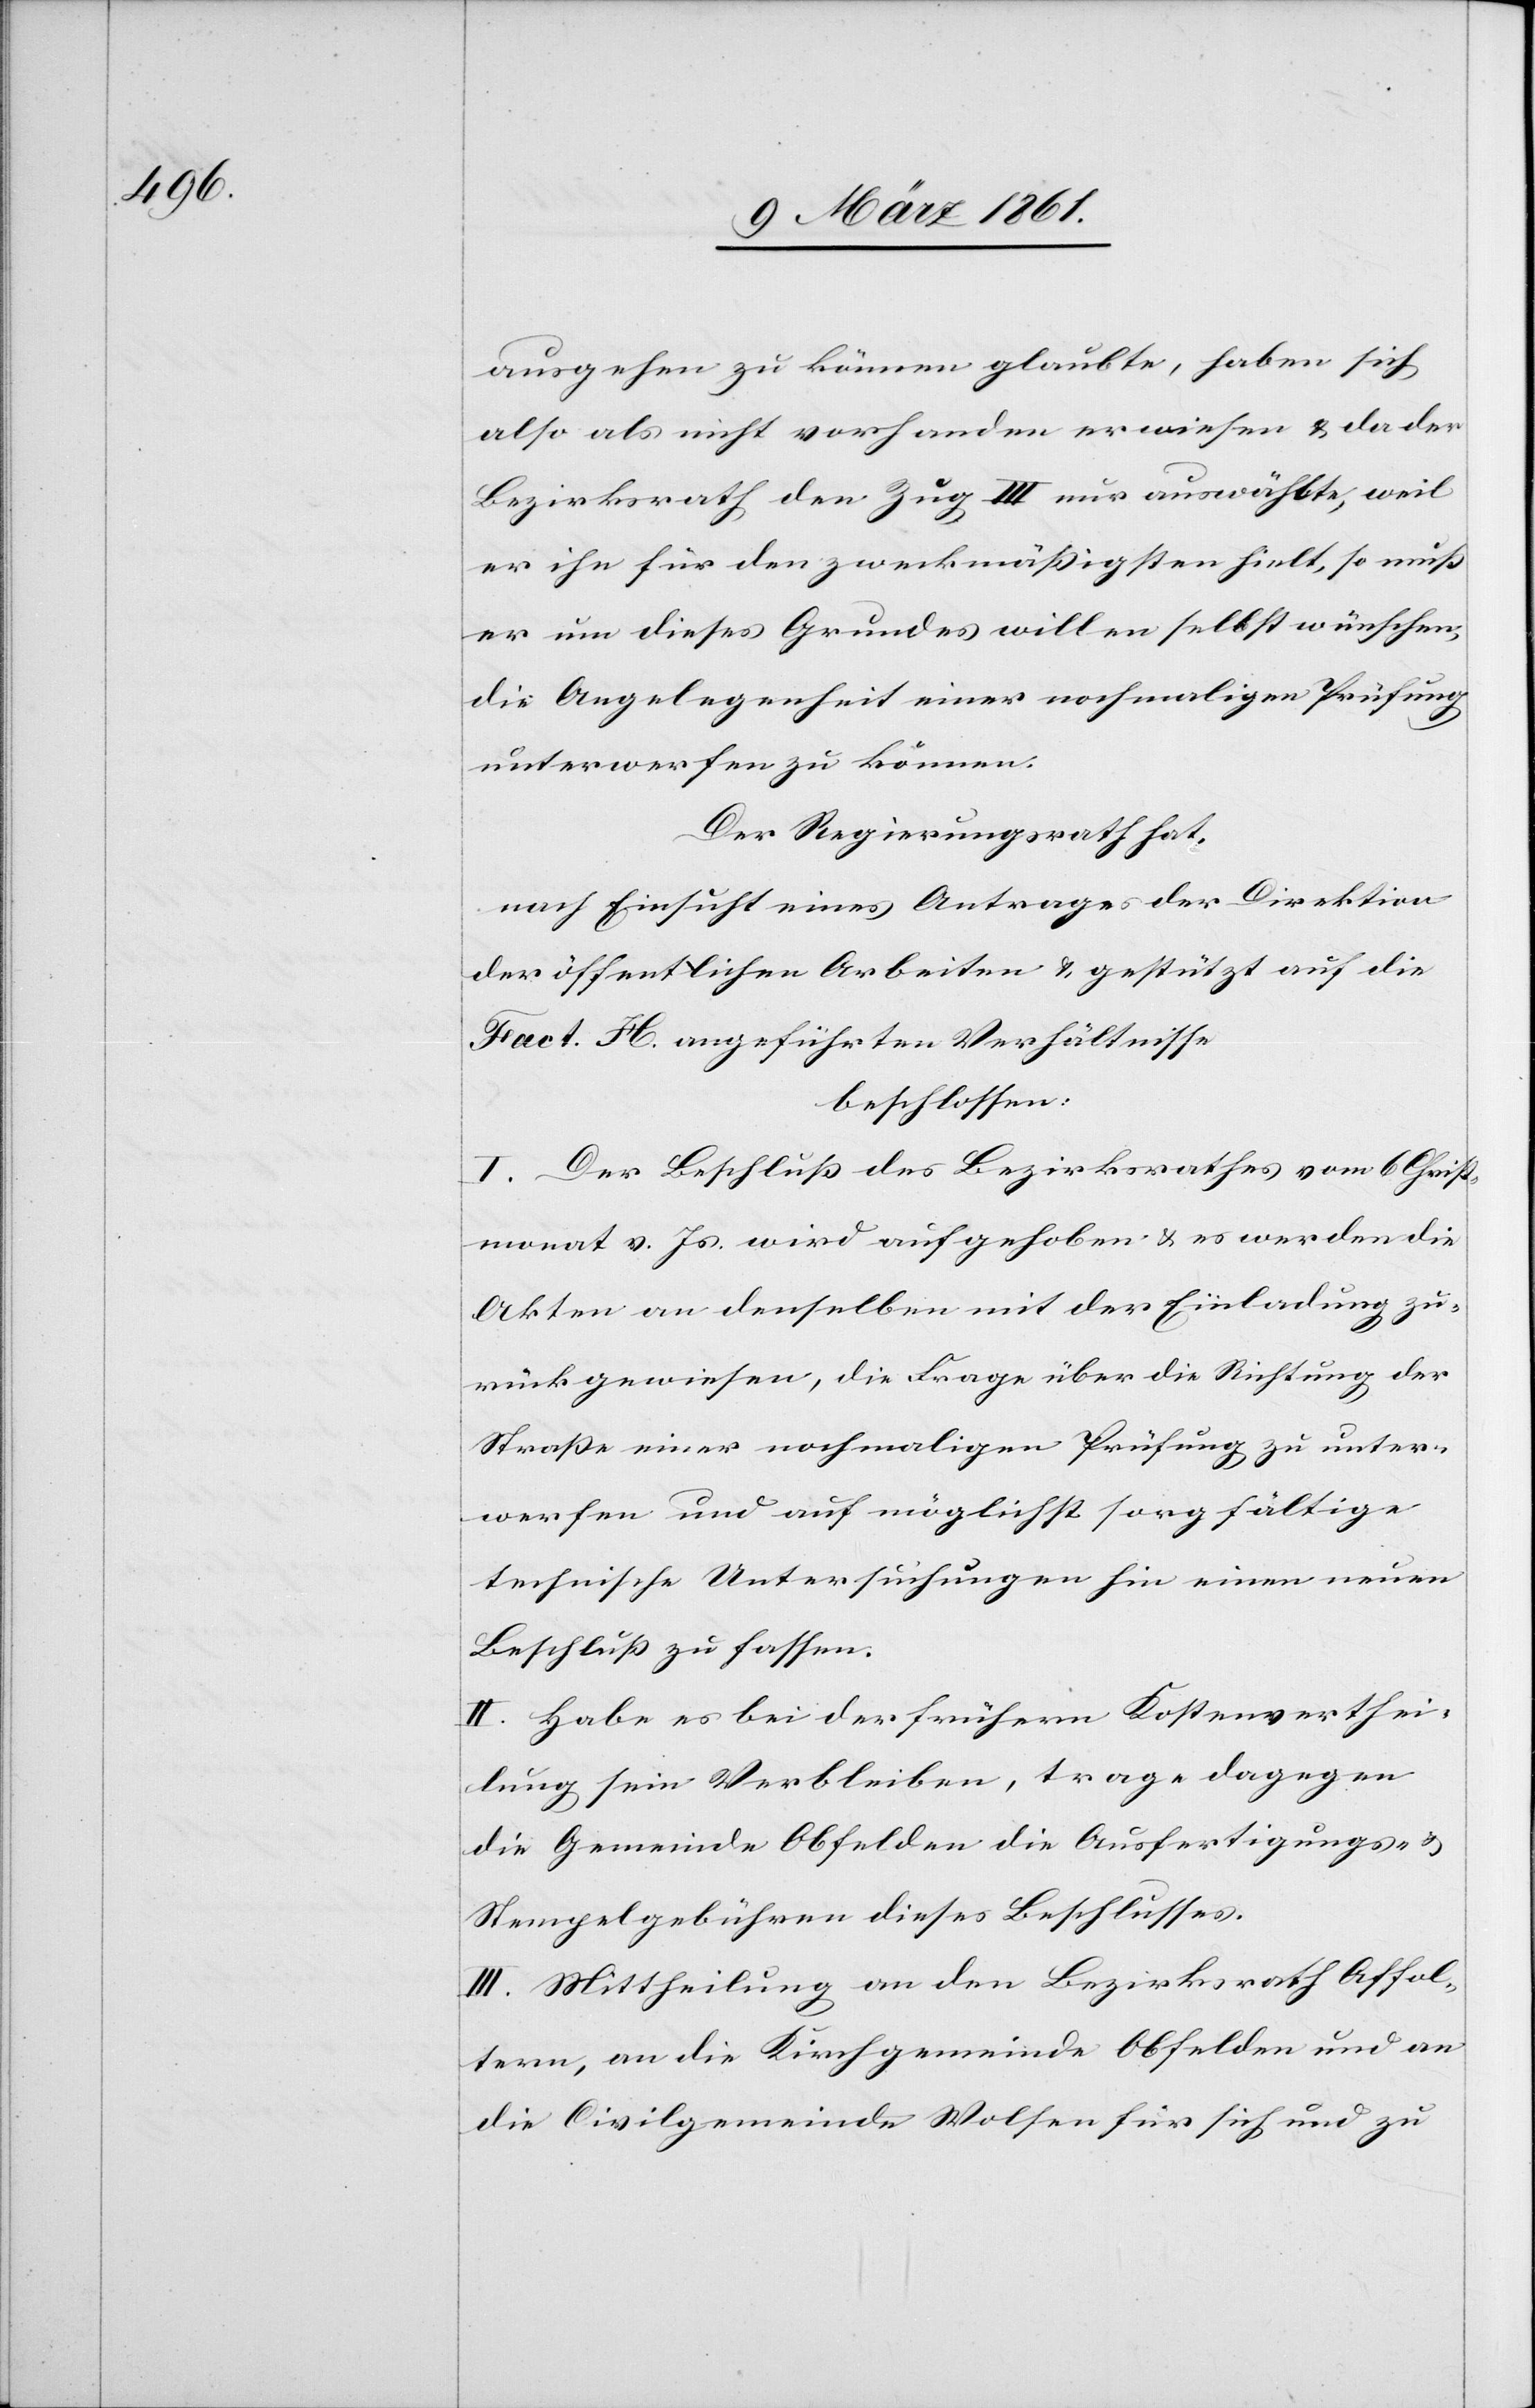
ausgehen zu können glaubte, haben sich
also als nicht vorhanden erwiesen u. da der
Bezirksrath den Zug III nur auswählte, weil
er ihn für den zweckmässigsten hielt, so muss
er um dieses Grundes willen selbst wünschen
die Angelegenheit einer nochmaligen Prüfung
unterwerfen zu können.
Der Regierungsrath hat,
nach Einsicht eines Antrages der Direktion
der öffentlichen Arbeiten u. gestützt auf die
Fact. H. angeführten Verhältnisse
beschlossen:
I. Der Beschluss des Bezirksrathes vom 6. Christ¬
monat v. Js. wird aufgehoben u. es werden die
Akten an denselben mit der Einladung zu¬
rückgewiesen, die Frage über die Richtung der
Strasse einer nochmaligen Prüfung zu unter¬
werfen und auf möglichst sorgfältige
technische Untersuchungen hin einen neuen
Beschluss zu fassen.
II. Habe es bei der frühern Kostenverthei¬
lung sein Verbleiben, trage dagegen
die Gemeinde Obfelden die Ausfertigungs- u.
Stempelgebühren dieses Beschlusses.
III. Mittheilung an den Bezirksrath Affol¬
tern, an die Kirchgemeinde Obfelden und an
die Civilgemeinde Wolfen für sich und zu